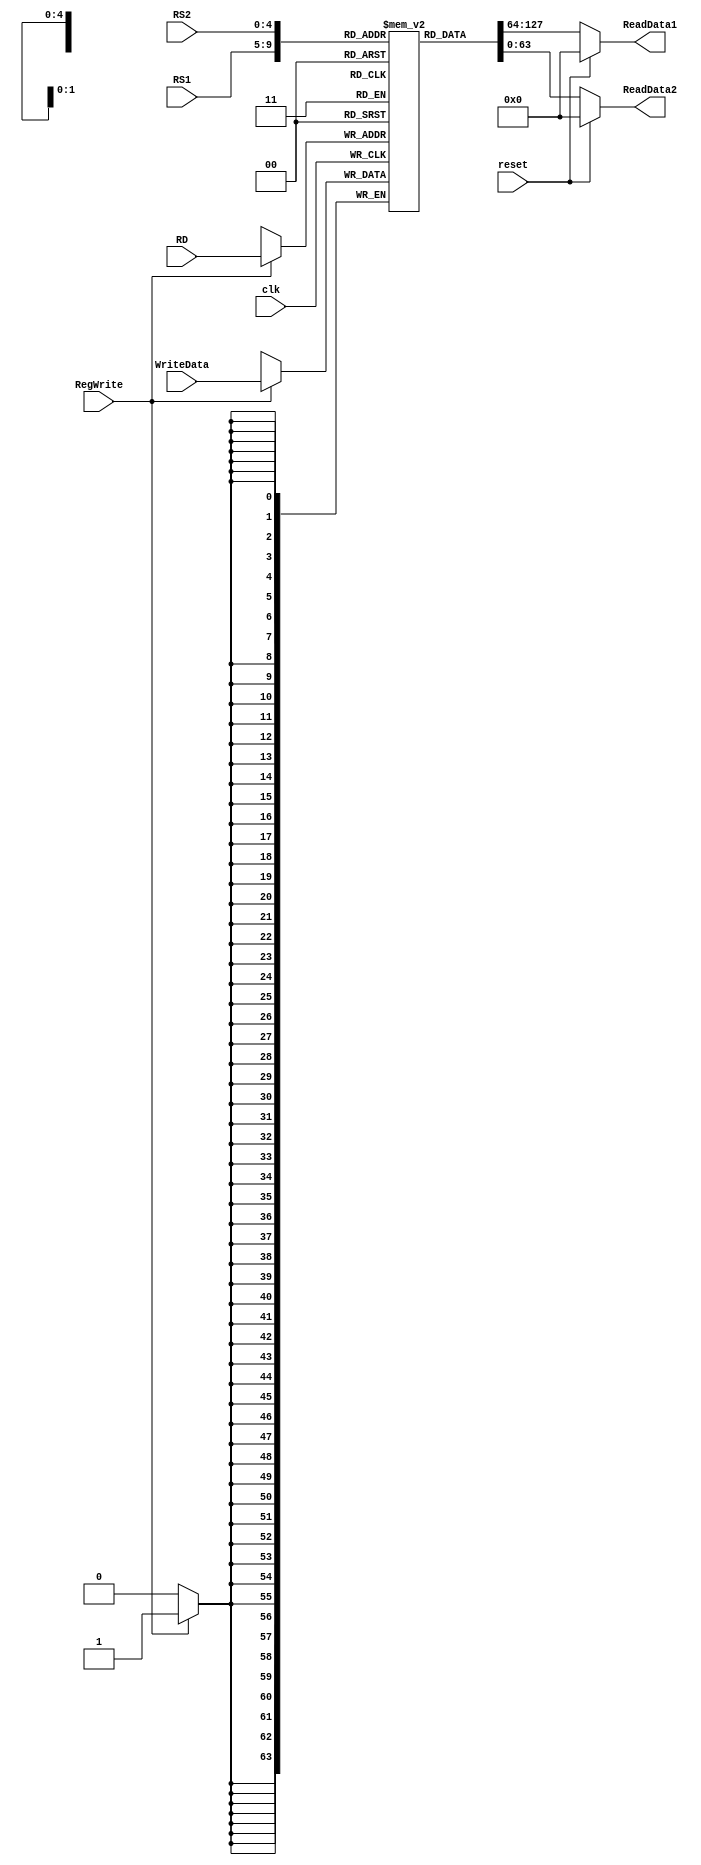
module RegisterFile
(
    input clk, reset, RegWrite,
    input [63:0] WriteData,
    input [4:0] RS1, RS2, RD,
    output reg [63:0] ReadData1, ReadData2    
);

reg [63:0] Registers [31:0]; //initialize Registers with random values (using 'initial' block)
//integer i;

initial
begin
    Registers[0] = 64'd0;
    Registers[1] = 64'd0;
    Registers[2] = 64'd0;
    Registers[3] = 64'd0;
    Registers[4] = 64'd0;
    Registers[5] = 64'd0;
    Registers[6] = 64'd0;
    Registers[7] = 64'd0;
    Registers[8] = 64'd0;
    Registers[9] = 64'd0;
    Registers[10] = 64'd0;
    Registers[11] = 64'd0;
    Registers[12] = 64'd0;
    Registers[13] = 64'd0;
    Registers[14] = 64'd0;
    Registers[15] = 64'd0;
    Registers[16] = 64'd0;
    Registers[17] = 64'd0;
    Registers[18] = 64'd0;
    Registers[19] = 64'd0;
    Registers[20] = 64'd0;
    Registers[21] = 64'd0; //register x21 = 1
    Registers[22] = 64'd0;
    Registers[23] = 64'd0;
    Registers[24] = 64'd0;
    Registers[25] = 64'd0;
    Registers[26] = 64'd0;
    Registers[27] = 64'd0;
    Registers[28] = 64'd0;
    Registers[29] = 64'd0;
    Registers[30] = 64'd0;
    Registers[31] = 64'd0;
    
end


always @(negedge clk ) begin
    
    if (RegWrite) begin
        Registers[RD] = WriteData;
    end
end

always@(*) begin
    ReadData1 = reset ? 0 : Registers[RS1];
    ReadData2 = reset ? 0 : Registers[RS2];
end

endmodule // registerFile